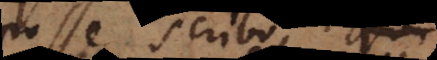
posse scribi, modo